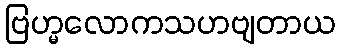
ဗြဟ္မလောကသဟဗျတာယ